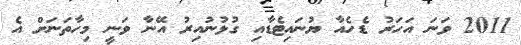
2011 ވަނަ އަހަރު ޑެހެއާ ޔުނައިޓެޑާއި ގުޅުނުއިރު އޭނާ ވަނީ މިހާތަނަށް އެ